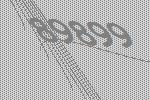
89899